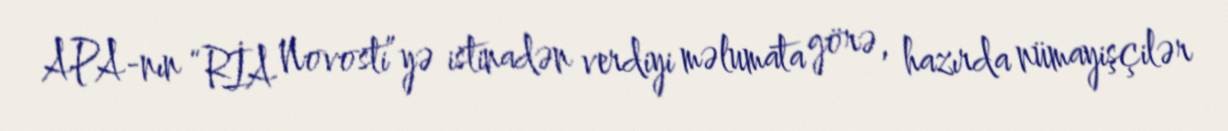
APA-nın “RİA Novosti”yə istinadən verdiyi məlumata görə, hazırda nümayişçilər